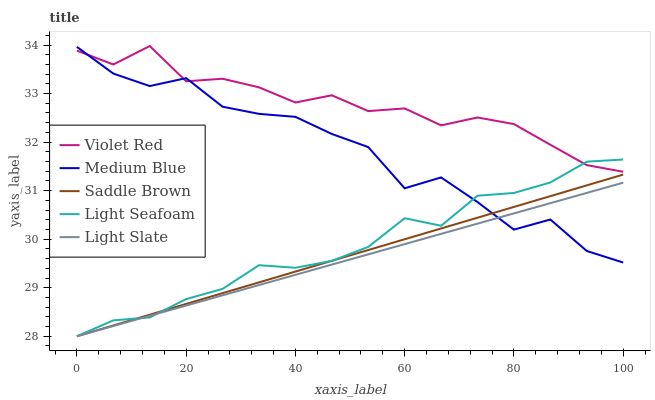
| xaxis_label | Violet Red | Medium Blue | Saddle Brown | Light Seafoam | Light Slate |
 | --- | --- | --- | --- | --- | --- |
 | 0 | 33.9 | 34 | 28 | 28 | 28 |
 | 6.67 | 33.6 | 33.4 | 28.2 | 28.3 | 28.2 |
 | 13.3 | 34 | 33.2 | 28.4 | 28.4 | 28.4 |
 | 20 | 33.3 | 33.3 | 28.7 | 28.8 | 28.6 |
 | 26.7 | 33.3 | 32.7 | 28.9 | 29 | 28.8 |
 | 33.3 | 33.1 | 32.6 | 29.1 | 29.5 | 29.1 |
 | 40 | 32.8 | 32.5 | 29.3 | 29.4 | 29.3 |
 | 46.7 | 33 | 32.2 | 29.6 | 29.6 | 29.5 |
 | 53.3 | 32.6 | 31.9 | 29.8 | 29.8 | 29.7 |
 | 60 | 32.7 | 31 | 30 | 30.4 | 29.9 |
 | 66.7 | 32.3 | 31.3 | 30.2 | 30.3 | 30.1 |
 | 73.3 | 32.5 | 30.8 | 30.4 | 30.9 | 30.3 |
 | 80 | 32.4 | 30.2 | 30.7 | 31 | 30.5 |
 | 86.7 | 31.9 | 30.4 | 30.9 | 31.2 | 30.7 |
 | 93.3 | 31.5 | 29.8 | 31.1 | 31.6 | 31 |
 | 100 | 31.4 | 29.5 | 31.3 | 31.6 | 31.2 |